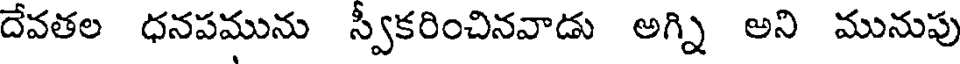
దేవతల ధనపమును స్వీకరించినవాడు అగ్ని అని మునుపు